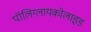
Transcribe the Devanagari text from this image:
पॉलिग्लायकोलाइड